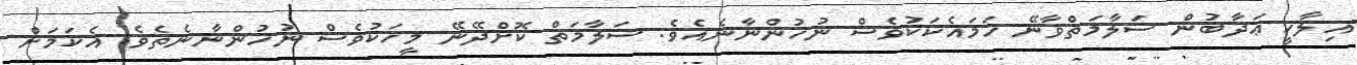
އިލާހީ ޢަޛާބުން ސަލާމަތްވާނޭ ހަމައެކަކުވެސް ނުހުންނާނެއެވެ. ސަލާމަތް ކޮށްދޭނޭ މީހަކުވެސް ނުހުންނާނެތެވެ. އެކަމަށް